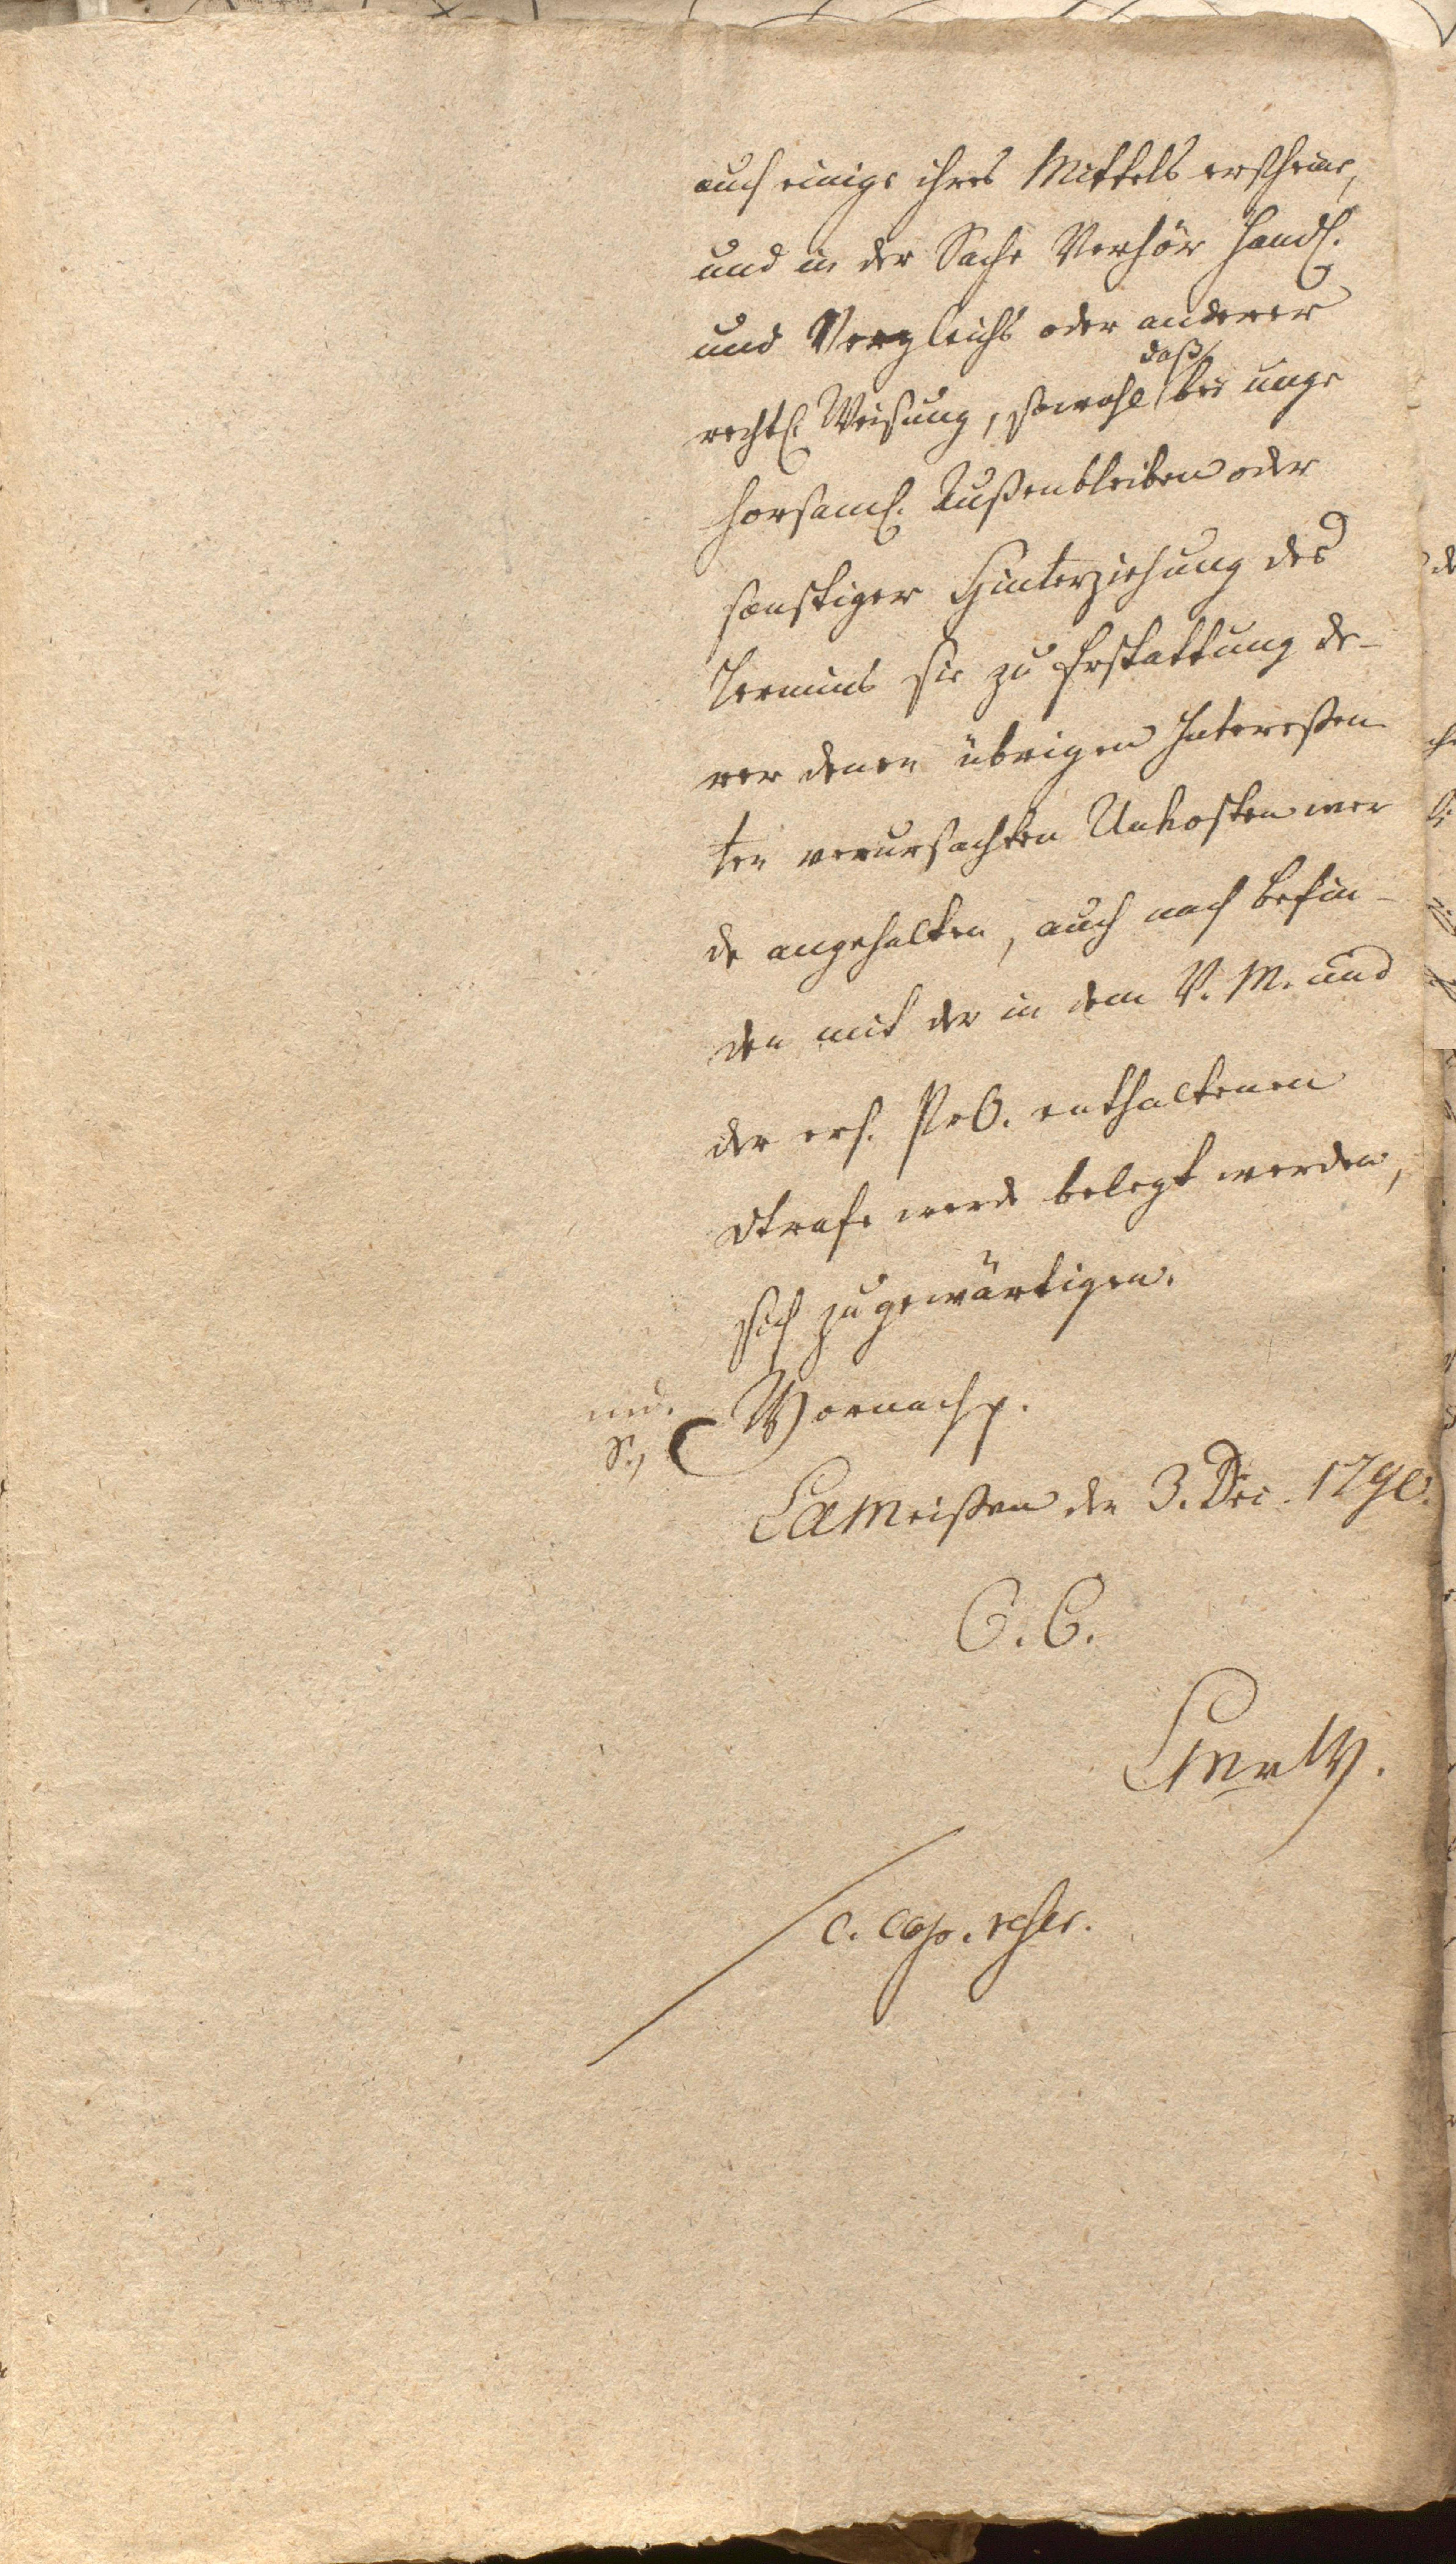
auch einge ihres mittels erscheint,
und in der Sache Verhör Handl.
und Vergleichs oder anderer
daß
rechtl. Weisung, sowohl bei unge¬
horsamml. Außenbleiben oder
sonstiger Hinterziehung des
Termins sie zu Erstattung de¬
rer denen übrigen Intereßen¬
ten verursachten Unkosten wer¬
de angehalten, auch nach befind¬
den mit der in den V. m. und
der erf. PrO. enthaltenen
strafe werde belegt werden
sich zu gewärtigen.
Wornach etc.
Ca Meißen den 3. Dec. 1790.
C.C. Cmlv.
/ c. cop. reher.